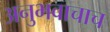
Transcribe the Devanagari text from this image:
अनुभवाचाच